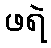
ဖရဲ